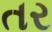
તર